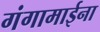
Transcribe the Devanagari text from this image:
गंगामाईना